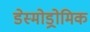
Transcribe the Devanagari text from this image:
डेस्मोड्रोमिक